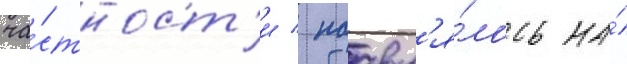
ча́стност'и / поавл'я́лось на́